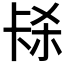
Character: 𭅱